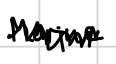
Text: Marine
Cross-out: zig-zag
Writing tool: digital_black